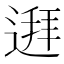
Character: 𲅩